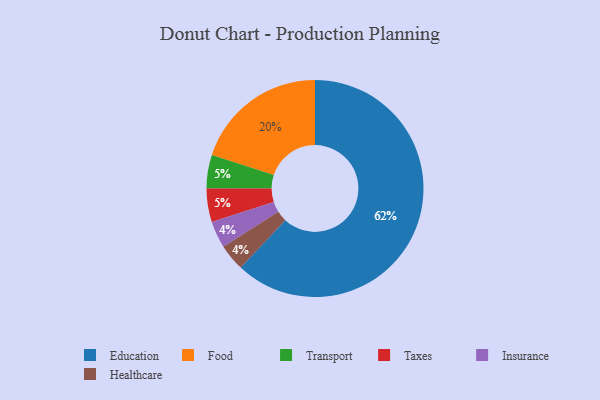
{"axis": {"x": "Category", "y": "Percentage"}, "legend": ["Education", "Food", "Healthcare", "Insurance", "Taxes", "Transport"], "data": [{"x": "Transport", "y": 5, "type": "Transport"}, {"x": "Education", "y": 62, "type": "Education"}, {"x": "Food", "y": 20, "type": "Food"}, {"x": "Taxes", "y": 5, "type": "Taxes"}, {"x": "Insurance", "y": 4, "type": "Insurance"}, {"x": "Healthcare", "y": 4, "type": "Healthcare"}]}